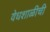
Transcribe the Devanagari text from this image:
वेधशाळीची